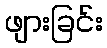
ဖျားခြင်း